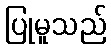
ပြုမူသည်